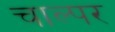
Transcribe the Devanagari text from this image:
चाल्पर